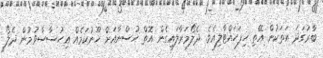
ބާރުގަދަ އަތަކުން އޭތި ހިފަހައްޓާލިއެވެ. ދެލޯމަރާލައިގެން އޮތް ހުސްނާއަށް ހޫނުކަމެއް އިހުސާސްވުމުން ދެލޯ